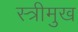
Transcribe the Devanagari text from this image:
स्त्रीमुख